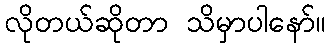
လိုတယ်ဆိုတာ သိမှာပါနော်။